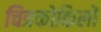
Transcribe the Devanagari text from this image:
चित्रकोकिलों